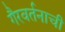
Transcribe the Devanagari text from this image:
गैरवर्तनाची